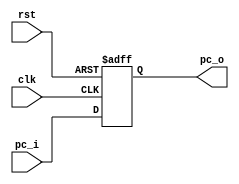
//pc
module pc_reg (
    //system signals
    input                       clk,
    input                       rst,
    input               [31:0]  pc_i,//
    output      reg     [31:0]  pc_o//
);

    always @(posedge clk or posedge rst) begin
        if(rst)begin
            pc_o <= 31'h0;
        end
        else begin
            pc_o <= pc_i;
        end
    end
endmodule